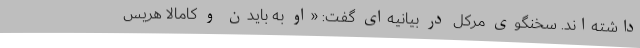
داشته‌اند. سخنگوی مرکل در بیانیه‌ای گفت: «او به بایدن و کامالا هریس